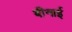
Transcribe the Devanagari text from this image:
बीनाई